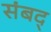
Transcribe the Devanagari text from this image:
संबद्